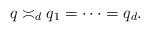
LaTeX: \begin{align*} q\asymp_d q_1=\cdots=q_d. \end{align*}